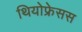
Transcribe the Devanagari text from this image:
थियोफ्रेसस